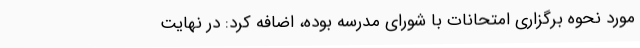
مورد نحوه برگزاری امتحانات با شورای مدرسه بوده، اضافه کرد: در نهایت